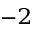
^ { - 2 }